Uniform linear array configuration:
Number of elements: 12
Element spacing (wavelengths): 1
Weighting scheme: uniform
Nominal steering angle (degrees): -45
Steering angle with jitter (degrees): -46.614
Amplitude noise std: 0.05
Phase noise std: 0.05

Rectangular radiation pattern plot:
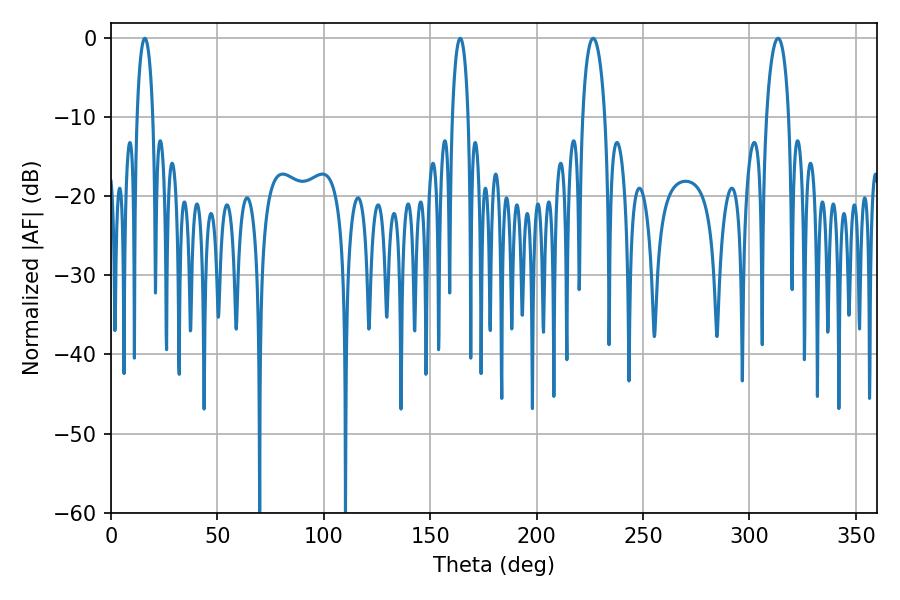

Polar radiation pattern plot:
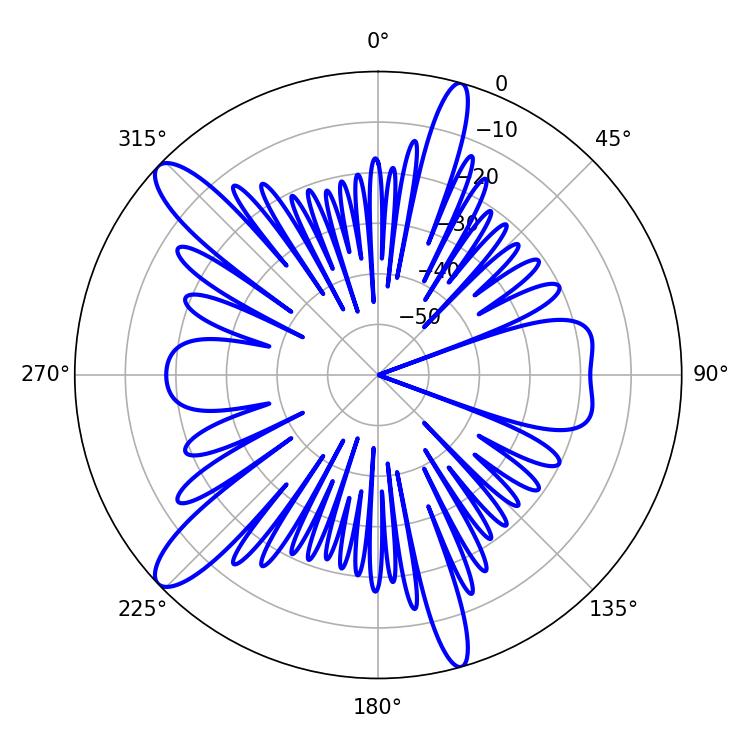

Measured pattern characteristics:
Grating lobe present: TRUE
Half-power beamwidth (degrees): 6.12
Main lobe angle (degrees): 226.62